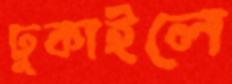
ঢুকাইলে